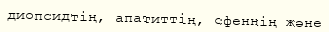
диопсидтің, апатиттің, сфеннің және